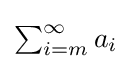
{\textstyle \sum _{i=m}^{\infty }a_{i}}